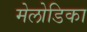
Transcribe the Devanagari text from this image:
मेलोडिका